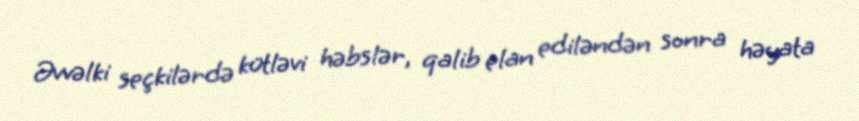
Əvvəlki seçkilərdə kütləvi həbslər, qalib elan ediləndən sonra həyata